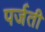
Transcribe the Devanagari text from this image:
पर्जती